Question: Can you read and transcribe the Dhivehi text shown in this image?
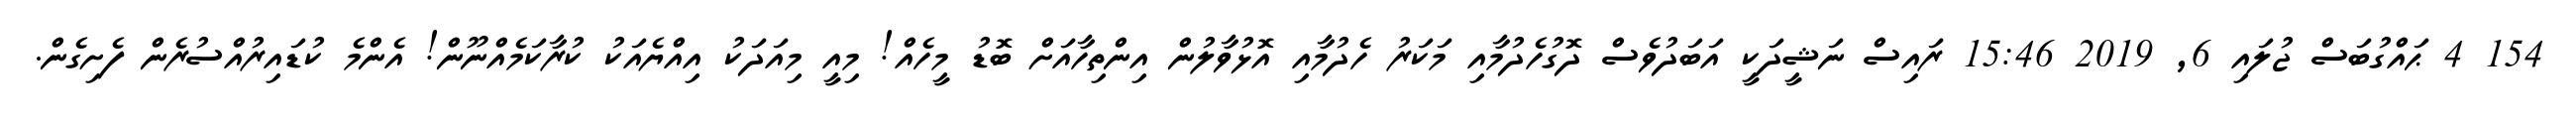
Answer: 154 4 ޙައްގުބަސް ޖުލައި 6, 2019 15:46 ރައިސް ނަޝީދަކީ އަބަދުވެސް ދޮގުހެދުމާއި މަކަރު ހެދުމާއި އޮޅުވާލުން އިންތިހާއަށް ބޮޑު މީހެއް! މިއީ މިއަދަކު އިއްޔެއަކު ކުރާކަމެއްނޫން! އެންމެ ކުޑައިރުއްސުރެން ފެށިގެން.